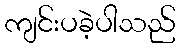
ကျင်းပခဲ့ပါသည်